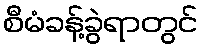
စီမံခန့်ခွဲရာတွင်